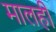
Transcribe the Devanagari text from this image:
मालही